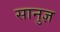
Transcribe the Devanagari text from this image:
सानुज्ञ